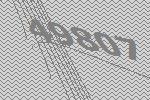
49807